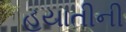
હયાતીની